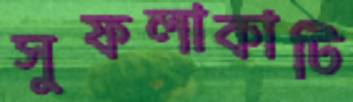
সুফলাকাটি